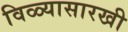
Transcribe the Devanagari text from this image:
विळ्यासारखी